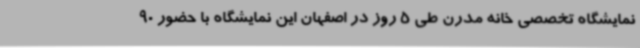
نمایشگاه تخصصی خانه مدرن طی 5 روز در اصفهان این نمایشگاه با حضور 90